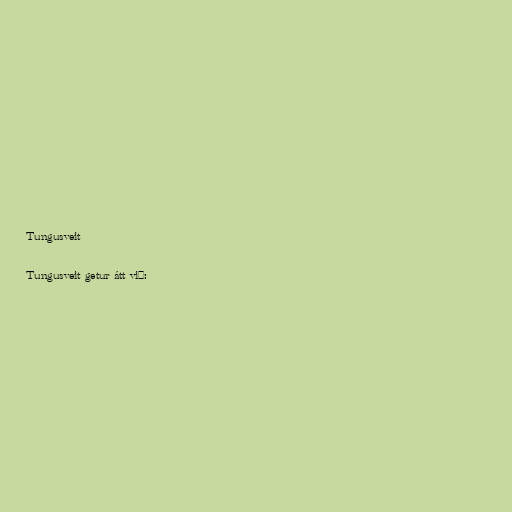
Tungusveit

Tungusveit getur átt við: